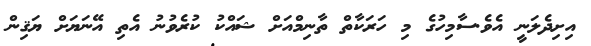
އިށިދެލަނީ އެވެ.ސާމިހުގެ މި ހަރަކާތް ތާނިމްއަށް ޝައްކު ކުރެވުނު އެތި އޭނަޔަށް ޔަޤިން